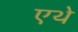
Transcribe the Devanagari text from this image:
एथे